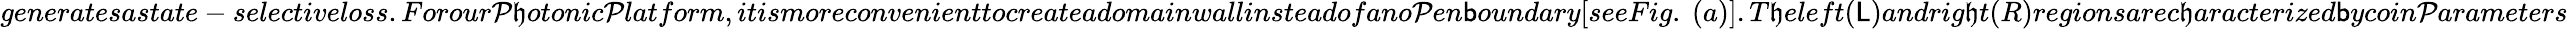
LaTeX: generatesastate-selectiveloss.Forour\mathcal{P}\mathfrak{h}otonic\mathcal{P}latform,itismoreconvenienttocreateadomainwallinsteadofano\mathcal{P}en\mathsf{b}oundary[seeFig.~(a)].T\mathfrak{h}eleft(\mathsf{L})andrig\mathfrak{h}t(R)regionsarec\mathfrak{h}aracterized\mathsf{b}ycoin\mathcal{P}arameters